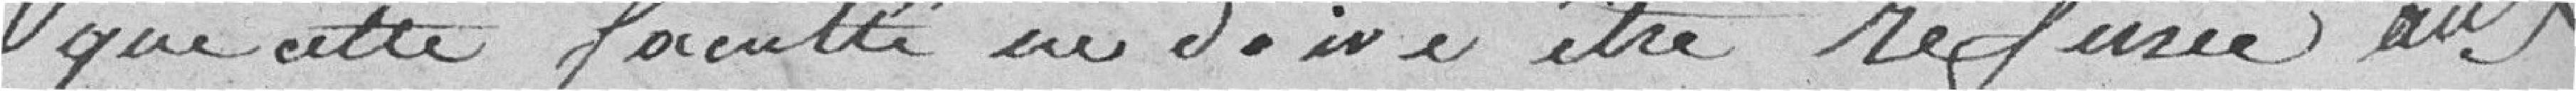
que cette faculté ne doive être refusée aux